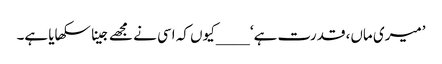
’میری ماں، قدرت ہے‘ ____کیوں کہ اسی نے مجھے جینا سکھایا ہے۔